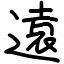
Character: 遠